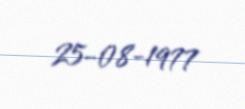
25-08-1977